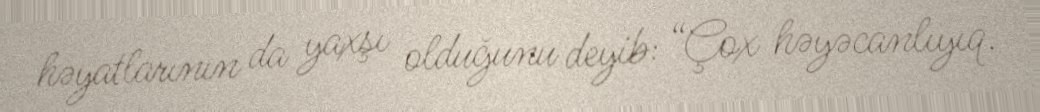
həyatlarının da yaxşı olduğunu deyib: “Çox həyəcanlıyıq.